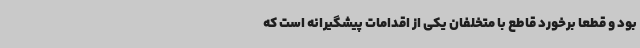
بود و قطعاً برخورد قاطع با متخلفان یکی از اقدامات پیشگیرانه است که